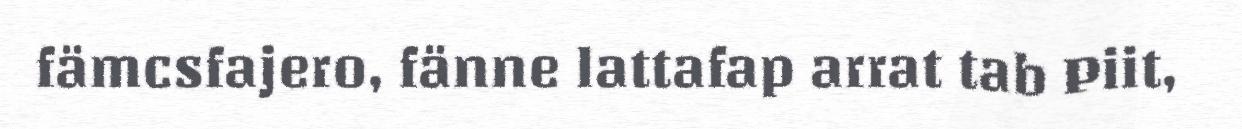
fämcsfajero, fänne lattafap arrat tab Piit,